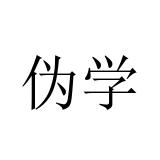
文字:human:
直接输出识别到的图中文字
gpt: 伪学